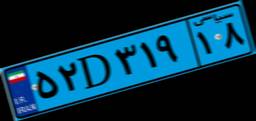
۶۸D۳۳۹۴۱